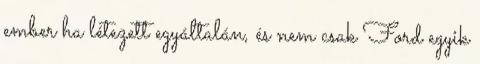
ember ha létezett egyáltalán, és nem csak Ford egyik